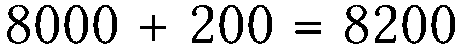
8000 + 200 = 8200